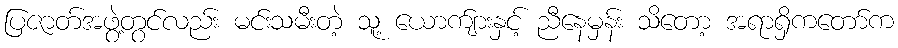
ပြဇာတ်အဖွဲ့တွင်လည်း မင်းသမီးတဲ့ သူ့ ယောက်ျားနှင့် ညီနေမှန်း သိတော့ အရာရှိကတော်က